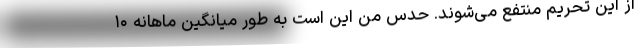
از این تحریم منتفع می‌شوند. حدس من این است به طور میانگین ماهانه ۱۰